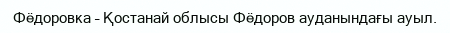
Фёдоровка – Қостанай облысы Фёдоров ауданындағы ауыл.